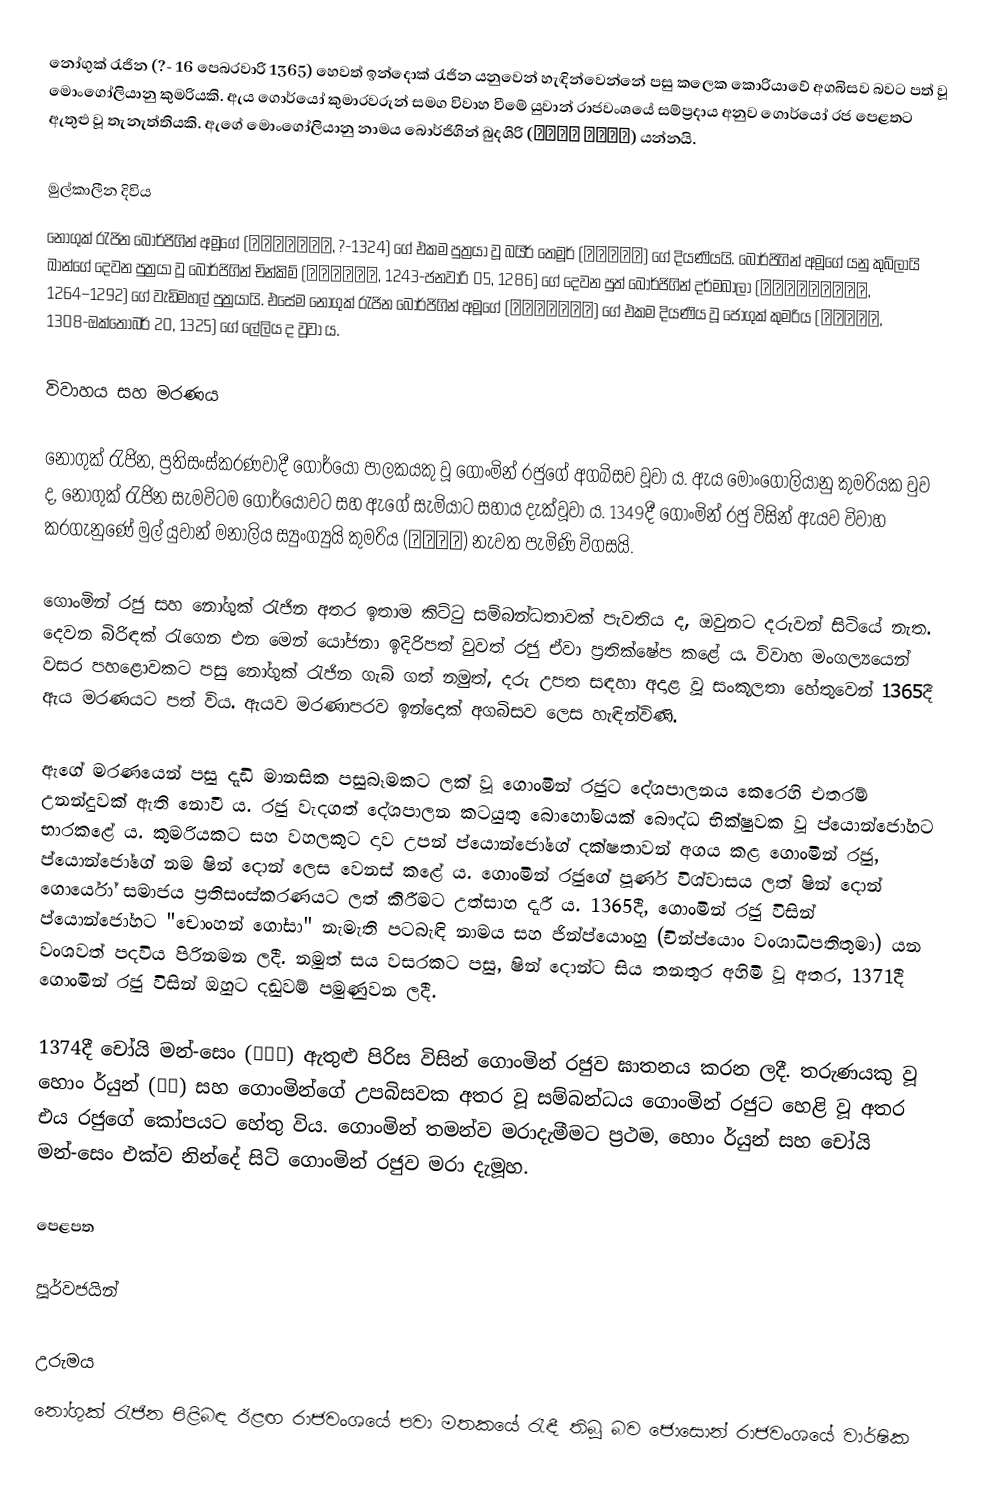
නෝගුක් රැජින (?- 16 පෙබරවාරි 1365) හෙවත් ඉන්දොක් රැජින යනුවෙන් හැඳින්වෙන්නේ පසු කලෙ‍ක කොරියාවේ අගබිසව බවට පත් වූ මොංගෝලියානු කුමරියකි. ඇය ගොර්යෝ කුමාරවරුන් සමග විවාහ වීමේ යුවාන් රාජවංශයේ සම්ප්‍රදාය අනුව ගොර්යෝ රජ පෙළතට ඇතුළු වූ තැනැත්තියකි. ඇගේ මොංගෝලියානු නාමය බොර්ජිගින් බුදශිරි (孛兒只斤 寶塔實里) යන්නයි.

මුල්කාලීන දිවිය
නෝගුක් රැජින බොර්ජිගින් අමූගේ (孛兒只斤阿木哥, ?-1324) ගේ එකම පුත්‍රයා වූ බයිර් තෙමූර් (孛羅帖木兒) ගේ දියණියයි. බොර්ජිගින් අමූගේ යනු කුබ්ලායි ඛාන්ගේ දෙවන පුත්‍රයා වූ බොර්ජිගින් චින්කිම් (孛兒只斤真金, 1243-ජනවාරි 05, 1286) ගේ දෙවන පුත්‍ බොර්ජිගින් දර්මබාලා (孛兒只斤答剌麻八剌, 1264–1292) ගේ වැඩිමහල් පුත්‍රයායි. එසේම නෝගුක් රැජින බොර්ජිගින් අමූගේ (孛兒只斤阿木哥) ගේ එකම දියණිය වූ ජෝගුක් කුමරිය (조국장공주, 1308-ඔක්තෝබර් 20, 1325) ගේ ලේලිය ද වූවා ය.

විවාහය සහ මරණය

නෝගුක් රැජින, ප්‍රතිසංස්කරණවාදී ගොර්යෝ පාලකයකු වූ ගොංමින් රජුගේ අගබිසව වූවා ය. ඇය මොංගෝලියානු කුමරියක වුව ද, නෝගුක් රැජින සැමවිටම ගොර්යෝවට සහ ඇගේ සැමියාට සහාය දැක්වූවා ය. 1349දී ගොංමින් රජු විසින් ඇයව විවාහ කරගැනුණේ මුල් යුවාන් මනාලිය ස්‍යුංග්‍යුයි කුමරිය (승의공주) නැවත පැමිණි විගසයි.

ගොංමින් රජු සහ නෝගුක් රැජින අතර ඉතාම කිට්ටු සම්බන්ධතාවක් පැවතිය ද, ඔවුනට දරුවන් සිටියේ නැත. දෙවන බිරිඳක් රැගෙන එන මෙන් යෝජනා ඉදිරිපත් වුවත් රජු ඒවා ප්‍රතික්ෂේප කළේ ය. විවාහ මංගල්‍යයෙන් වසර පහළොවකට පසු නෝගුක් රැජින ගැබ් ගත් නමුත්, දරු උපත සඳහා අදාළ වූ සංකූලතා හේතුවෙන් 1365දී ඇය මරණයට පත් විය. ඇයව මරණාපරව ඉන්දොක් අගබිසව ලෙස හැඳින්විණි.

ඇගේ මරණයෙන් පසු දැඩි මානසික පසුබෑමකට ලක් වූ ගොංමින් රජුට දේශපාලනය කෙරෙහි එතරම් උනන්දුවක් ඇති නොවී ය. රජු වැදගත් දේශපාලන කටයුතු බොහෝමයක් බෞද්ධ භික්ෂුවක වූ ප්යොන්ජෝහට භාරකළේ ය. ‍කුමරියකට සහ වහලකුට දාව උපන් ප්යොන්ජෝගේ දක්ෂතාවන් අගය කළ ගොංමින් රජු, ප්යොන්ජෝගේ නම ෂින් දොන් ලෙස වෙනස් කළේ ය. ගොංමින් රජුගේ පූර්ණ විශ්වාසය ලත් ෂින් දොන් ගොර්යෝ සමාජය ප්‍රතිසංස්කරණයට ලත් කිරීමට උත්සාහ දැරී ය. 1365දී, ගොංමින් රජු විසින් ප්යොන්ජෝහට "චොංහන් ගෝසා" නැමැති පටබැඳි නාමය සහ ජින්ප්යොංහු (චින්ප්යොං වංශාධිපතිතුමා) යන වංශවත් පදවිය පිරිනමන ලදී. නමුත් සය වසරකට පසු, ෂින් දොන්ට සිය තනතුර අහිමි වූ අතර, 1371දී ගොංමින් රජු විසින් ඔහුට දඬුවම් පමුණුවන ලදී.

1374දී චෝයි මන්-සෙං (최만생) ඇතුළු පිරිස විසින් ගොංමින් රජුව ඝාතනය කරන ලදී. තරුණයකු වූ හොං ර්යුන් (홍륜) සහ ගොංමින්ගේ උපබිසවක අතර වූ සම්බන්ධය ගොංමින් රජුට හෙළි වූ අතර එය රජුගේ කෝපයට හේතු විය.‍ ගොංමින් තමන්ව මරාදැමීමට ප්‍රථම, හොං ර්යුන් සහ චෝයි මන්-සෙං එක්ව නින්දේ සිටි ගොංමින් රජුව මරා දැමූහ.

පෙළපත

පූර්වජයින්

උරුමය
නෝගුක් රැජින පිළිබඳ ඊළඟ රාජවංශයේ පවා මතකයේ රැඳී තිබූ බව ජොසොන් රාජවංශයේ වාර්ෂික